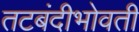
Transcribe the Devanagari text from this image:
तटबंदीभोवती